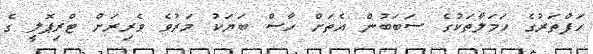
ހަފްތަރުގެ ހަމަލާތަކުގެ ސަބަބުން އެތަށް ހާސް ބަޔަކު މަރުވެ ވެރިރަށް ޓްރިޕޮލީ ގެ